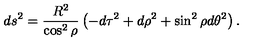
d s ^ { 2 } = \frac { R ^ { 2 } } { \cos ^ { 2 } { \rho } } \left( - d \tau ^ { 2 } + d \rho ^ { 2 } + \sin ^ { 2 } { \rho } d \theta ^ { 2 } \right) .